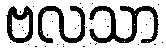
ဗလသာ